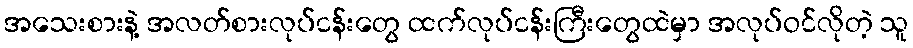
အသေးစားနဲ့ အလတ်စားလုပ်ငန်းတွေ ထက်လုပ်ငန်းကြီးတွေထဲမှာ အလုပ်ဝင်လိုတဲ့ သူ